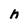
Character: h